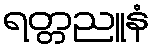
ရတ္တညူနံ